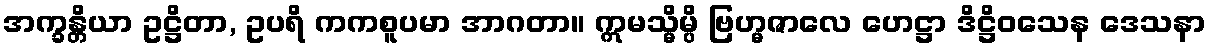
အက္ခန္တိယာ ဥဋ္ဌိတာ, ဥပရိ ကကစူပမာ အာဂတာ။ ဣမသ္မိမ္ပိ ဗြဟ္မဇာလေ ဟေဋ္ဌာ ဒိဋ္ဌိဝသေန ဒေသနာ